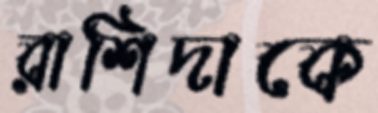
রাশিদাকে